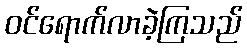
ဝင်ရောက်လာခဲ့ကြသည်